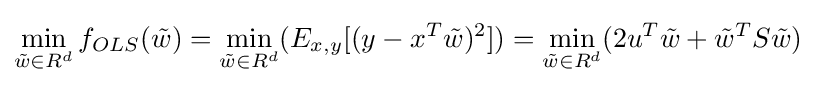
\min _{{\tilde {w}}\in R^{d}}f_{OLS}({\tilde {w}})=\min _{{\tilde {w}}\in R^{d}}(E_{x,y}[(y-x^{T}{\tilde {w}})^{2}])=\min _{{\tilde {w}}\in R^{d}}(2u^{T}{\tilde {w}}+{\tilde {w}}^{T}S{\tilde {w}})